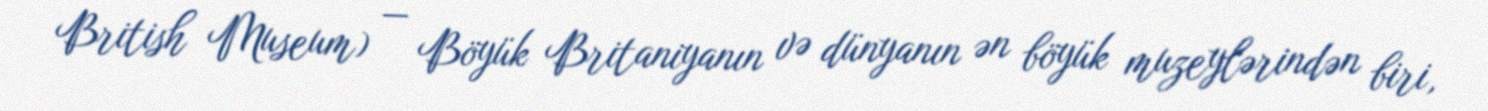
British Museum) — Böyük Britaniyanın və dünyanın ən böyük muzeylərindən biri,